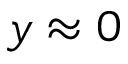
y \approx 0